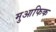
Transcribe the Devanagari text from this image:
मुआफिक